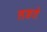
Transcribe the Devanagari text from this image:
लङते